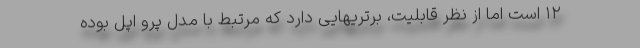
۱۲ است اما از نظر قابلیت، برتریهایی دارد که مرتبط با مدل پرو اپل بوده